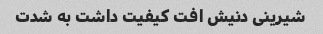
شیرینی دنیش افت کیفیت داشت به شدت